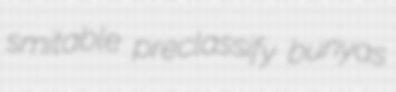
smitable preclassify bunyas